Annual report on the working of the mental hospitals in the Madras Presidency - 1912-1932
Year: 1912
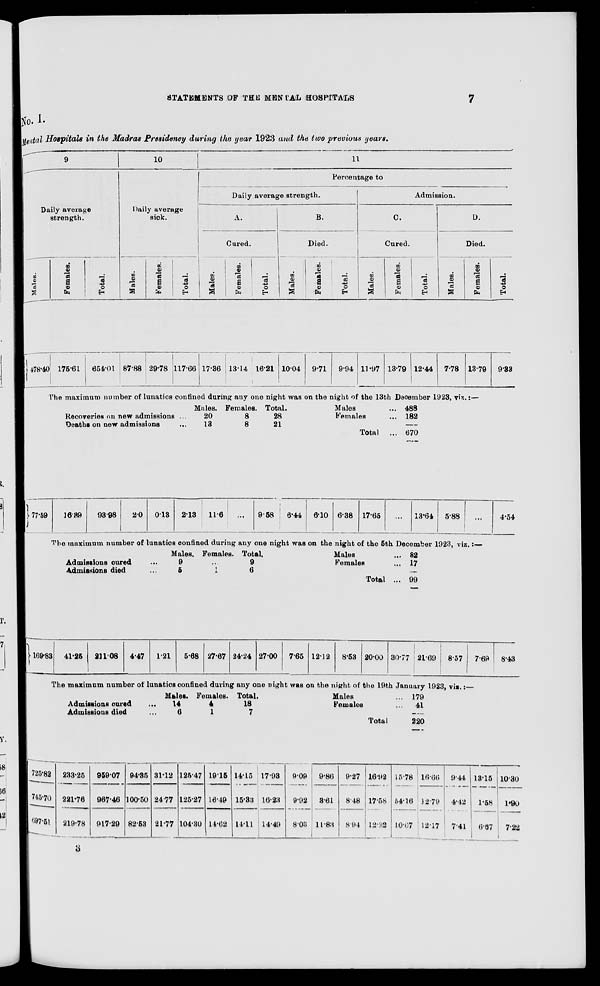
STATEMENTS OF THE MENTAL HOSPITALS
7
No. I.
Mental Hospitals in the Madras Presidency during the year 1923 and the two previous years.
9
Daily average
strength.
Males.
Females.
Total.
10
Daily average
sick.
Males.
Females.
Total.
11
Percentage to
Daily average strength.
A.
Cured.
Males.
Females.
Total.
B.
Died.
Males.
Females.
Total.
Admission.
C.
Cured.
Males.
Females.
Total.
D.
Died.
Males.
Females.
Total.
478.40 175.61 654.01 87.88 29.78 117.66 17.36 13.14. 16.21 10.04 9.71
9.94 11.97 13.79 12.44 7.78 13.79
The maximum number of lunatics confined during any one night was on the night of the 13th December 1923, viz. :—
Recoveries on new admissions ...
Deaths on new admissions ...
Males.
20
13
Females.
8
8
Total.
28
21
Males ...
Females ...
Total ...
9.33
488
182
—
670
77.59
16.39
93.98
2.0
0.13
2.13
11.6
...
9.58
6.44
6.10 6.38 17.65
...
13.64 5.88
...
The maximum number of lunatics confined during any one night was on the night of the 5th December 1923, viz.:—
Admissions cured ...
Admissions died ...
Males.
9
5
Females.
...
1
Total.
9
6
Males ...
Females ...
Total ...
4.54
82
17
99
169.83 41.25
211.08 4.47
1.21
5.68 27.67 24.24 27.00 7.65 12.12
8.53 20.00 30.77 21.69
8.57
7.69
The maximum number of lunatics confined during any one night was on the night of the 19th January 1923, viz.:—
Admissions cured ...
Admissions died ...
Males.
14
6
Females.
4
1
Total.
18
7
Males ...
Females ...
Total
179
41
220
8.43
725.82
745.70
697.51
233.25
221.76
219.78
959.07
967.46
917.29
94.35
100.50
82.53
31.12
24.77
21.77
125.47
125.27
104.30
19.15
16.49
14.62
14.15
15.33
14.11
17.93
16.23
14.49
9.09
9.92
8.03
9.86
3.61
11.83
9.27
8.48
8.94
16.92
17.58
12.22
15.78
54.16
10.67
16.66
12.79
12.17
9.44
4.42
7.41
13.15
1.58
6.67
10.30
1.90
7.22
3